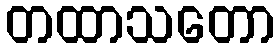
တထာသတော